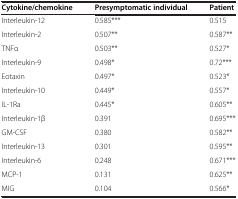
<table><thead><tr><td><b>Cytokine/chemokine</b></td><td><b>Presymptomatic individual</b></td><td><b>Patient</b></td></tr></thead><tbody><tr><td>Interleukin-12</td><td>0.585***</td><td>0.515</td></tr><tr><td>Interleukin-2</td><td>0.507**</td><td>0.587**</td></tr><tr><td>TNFα</td><td>0.503**</td><td>0.527*</td></tr><tr><td>Interleukin-9</td><td>0.498*</td><td>0.72***</td></tr><tr><td>Eotaxin</td><td>0.497*</td><td>0.523*</td></tr><tr><td>Interleukin-10</td><td>0.449*</td><td>0.557*</td></tr><tr><td>IL-1Ra</td><td>0.445*</td><td>0.605**</td></tr><tr><td>Interleukin-1β</td><td>0.391</td><td>0.695***</td></tr><tr><td>GM-CSF</td><td>0.380</td><td>0.582**</td></tr><tr><td>Interleukin-13</td><td>0.301</td><td>0.595**</td></tr><tr><td>Interleukin-6</td><td>0.248</td><td>0.671***</td></tr><tr><td>MCP-1</td><td>0.131</td><td>0.625**</td></tr><tr><td>MIG</td><td>0.104</td><td>0.566*</td></tr></tbody></table>